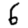
Digit: 6